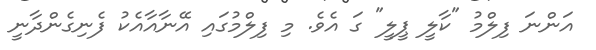
އަންނަ ފިލްމު "ކާލީ ޕީލީ" ގަ އެވެ. މި ފިލްމުގައި އޭނާއާއެކު ފެނިގެންދާނީ